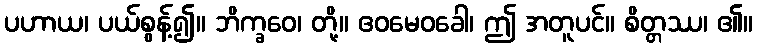
ပဟာယ၊ ပယ်စွန့်၍။ ဘိက္ခဝေ၊ တို့။ ဧဝမေဝခေါ၊ ဤ အတူပင်။ စိတ္တဿ၊ ၏။